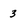
Character: 3